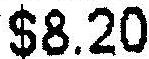
$8.20